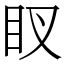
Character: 䀑